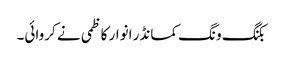
بکنگ ونگ کمانڈر انوار کاظمی نے کروائی۔